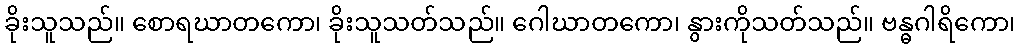
ခိုးသူသည်။ စောရဃာတကော၊ ခိုးသူသတ်သည်။ ဂေါဃာတကော၊ နွားကိုသတ်သည်။ ဗန္ဓဂါရိကော၊